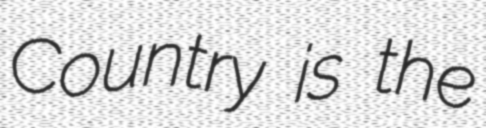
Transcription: Country is the